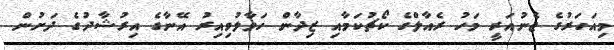
މިއަހަރުގެ ޖެނުއަރީ މަހު ރެއާލްގެ ކޯޗުކަމާއި ޒިދާން ހަވާލުވިއިރު އޭނާގެ އިރުޝާދުގެ ދަށުން